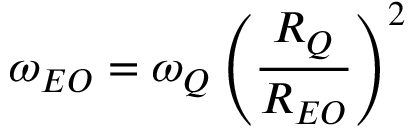
{ \omega } _ { E O } = { \omega } _ { Q } \left( { \frac { R _ { Q } } { R _ { E O } } } \right) ^ { 2 }